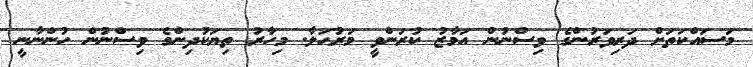
މަސައްކަތަށް ދަރިވަރުންގެ ވިސްނުން އަމާޒު ކުރަންވީ މަރުޙަލާ. މިހާރު ތިޔަކުދިންގެ ވިސްނުން ހުންނާނީ